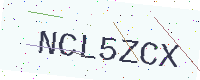
Text: NCL5ZCX